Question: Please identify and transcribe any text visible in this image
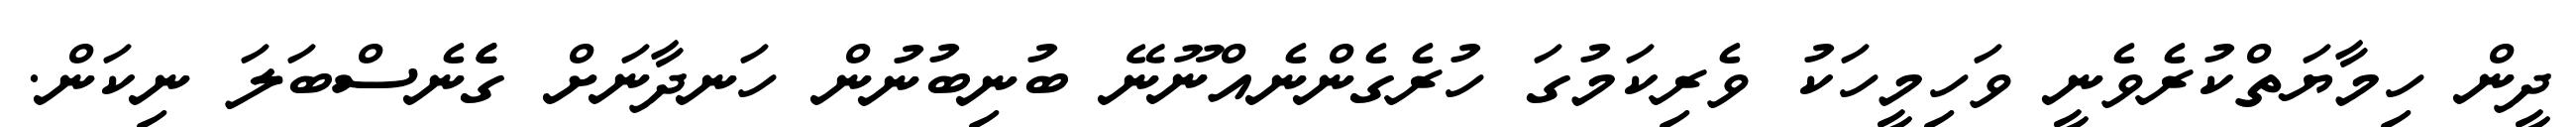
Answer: ދީން ހިމާޔަތްކުރެވެނީ ވަހިމީހަކު ވެރިކަމުގަ ހުރެގެންނެއްނޫނޭ ބުނިބުނުން ހަނދާނަށް ގެެެނެސްބަލަ ނިކަން.